Report on sanitation, dispensaries, and jails in Rajputana for 1913, and on vaccination for the year 1913-1914 - 1913-1914
Year: 1913
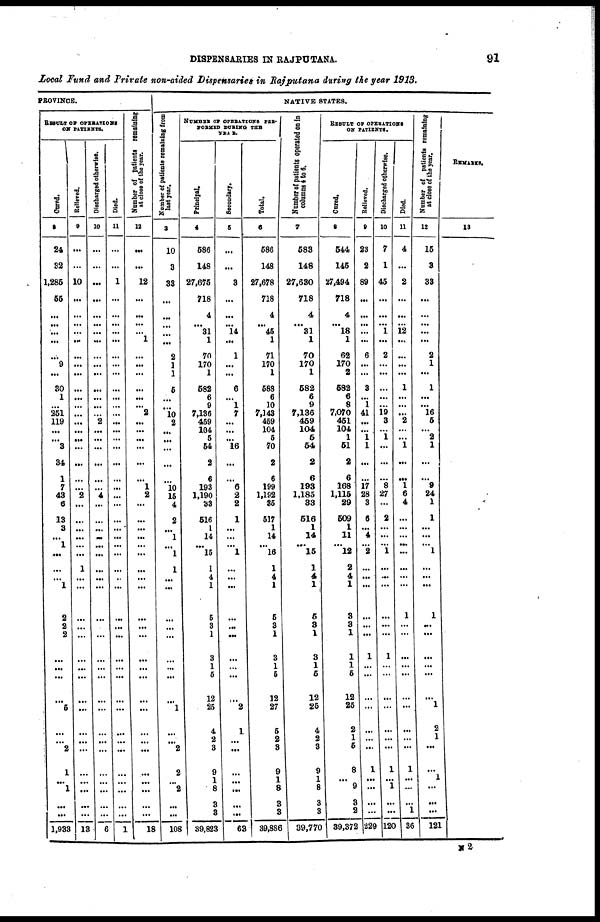
DISPENSARIES IN RAJPUTANA.
91
Local Fund and Private non-aided Dispensaries in Rajputana during the year 1913.
PROVINCE.
RESULT OF OPERATIONS
ON PATIENTS.
Cured.
8
24
32
1,285
55
...
...
...
...
...
9
...
30
1
...
251
119
...
...
3
34
1
7
43
6
13
3
...
1
...
...
...
1
2
2
2
...
...
...
...
5
...
...
2
1
...
1
...
...
1,933
Relieved.
9
...
...
10
...
...
...
...
...
...
...
...
...
...
...
...
...
...
...
...
...
...
...
2
...
...
...
...
...
...
1
...
...
...
...
...
...
...
...
...
...
...
...
...
...
...
...
...
...
13
Discharged otherwise.
10
...
...
...
...
...
...
...
...
...
...
...
...
...
...
...
2
...
...
...
...
...
...
4
...
...
...
...
...
...
...
...
...
...
...
...
...
...
...
...
...
...
...
...
...
...
...
...
...
6
Died.
11
...
...
1
...
...
...
...
...
...
...
...
...
...
...
...
...
...
...
...
...
...
...
...
...
...
...
...
...
...
...
..
...
...
...
...
...
...
...
...
...
...
...
...
...
...
...
...
...
1
N umber of patients remaining
at close of the year.
12
...
...
12
...
...
...
...
1
...
...
...
...
...
...
2
...
...
...
...
...
...
1
2
...
...
...
...
...
...
...
...
...
...
...
...
...
...
...
...
...
...
...
...
...
...
...
...
...
18
NATIVE STATES.
Number of patients remaining from
last year.
3
10
3
33
...
...
...
...
...
2
1
1
5
...
...
10
2
...
...
...
...
...
10
15
4
2
...
1
...
1
1
...
...
...
...
...
...
...
...
...
1
...
...
2
2
...
2
...
...
108
NUMBER OF OPERATIONS PER-
FORMED DURING THE
YEAR.
Principal.
4
586
148
27,675
718
4
...
31
1
70
170
1
582
6
9
7,136
459
104
5
54
2
6
193
1,190
33
516
1
14
...
15
1
4
1
5
3
1
3
1
5
12
25
4
2
3
9
1
8
3
3
39,823
Secondary.
5
...
...
3
...
...
...
14
...
1
...
...
6
...
1
7
...
...
...
16
...
...
6
2
2
1
...
...
...
1
...
...
...
...
...
...
...
...
...
...
2
1
...
...
...
...
...
...
...
63
Total.
6
586
148
27,678
718
4
...
45
1
71
170
1
588
6
10
7,143
459
104
5
70
2
6
199
1,192
35
517
1
14
...
16
1
4
1
5
3
1
3
1
5
12
27
5
2
3
9
1
8
3
3
39,886
Number of patients
operated on in
columns 4 to 6.
7
583
148
27,630
718
4
... 31
1
70
170
1
582
6
9
7,136
459
104
5
54
2
6
193
1,185
33
516
1
14
... 15
1
4
1
5
3
1
3
1
5
12
25
4
2
3
9
1
8
3
3
39,770
RESULT OF OPERATIONS
ON PATIENTS.
Cured.
8
544
145
27,494
718
4
...
18
1
62
170
2
582
6
8
7,070
451
104
1
51
2
6
168
1,115
29
509
1
11
...
12
2
4
1
3
3
1
1
1
5
12
25
2
1
5
8
...
9
3
2
39,372
Relived.
9
23
2
89
...
...
...
...
...
6
...
...
3
...
1
41
...
...
1
1
...
...
17
28
3
6
...
4
...
2
...
...
...
...
...
...
1
...
...
...
...
...
...
...
1
...
...
...
...
229
Discharged otherwise.
10
7
1
45
...
...
...
1
...
2
...
...
...
...
...
19
3
...
1
...
...
...
8
27
...
2
...
...
...
1
...
...
...
...
...
...
1
...
...
...
...
...
...
...
1
...
1
...
...
120
Died.
11
4
...
2
...
...
...
12
...
...
...
...
1
...
...
...
2
...
...
1
...
...
1
6
4
...
...
...
...
...
...
...
...
1
...
...
...
...
...
...
...
...
...
...
1
...
...
...
1
36
Number of patients remaining
at close of the year.
12
15
3
33
...
...
...
...
...
2
1
...
1
...
...
16
5
...
2
1
...
...
9
24
1
1
...
...
...
1
...
...
...
1
...
...
...
...
...
...
1
2
1
...
...
1
...
...
...
121
REMARKS.
13
N 2